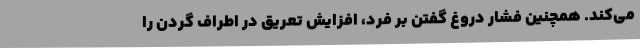
می‌کند. همچنین فشار دروغ گفتن بر فرد، افزایش تعریق در اطراف گردن را